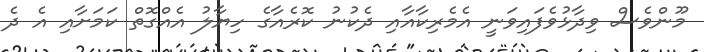
މޫންވެސް ވިދާޅުވެފައިވަނީ އެމެރިކާއާއި ދެކުނު ކޮރެއާގެ ހިޔާލު އެއްގޮތް ކަމަށާއި އެ ދެ